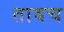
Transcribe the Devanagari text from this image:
तावच